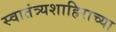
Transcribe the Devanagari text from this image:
स्वातंत्र्यशाहिराच्या